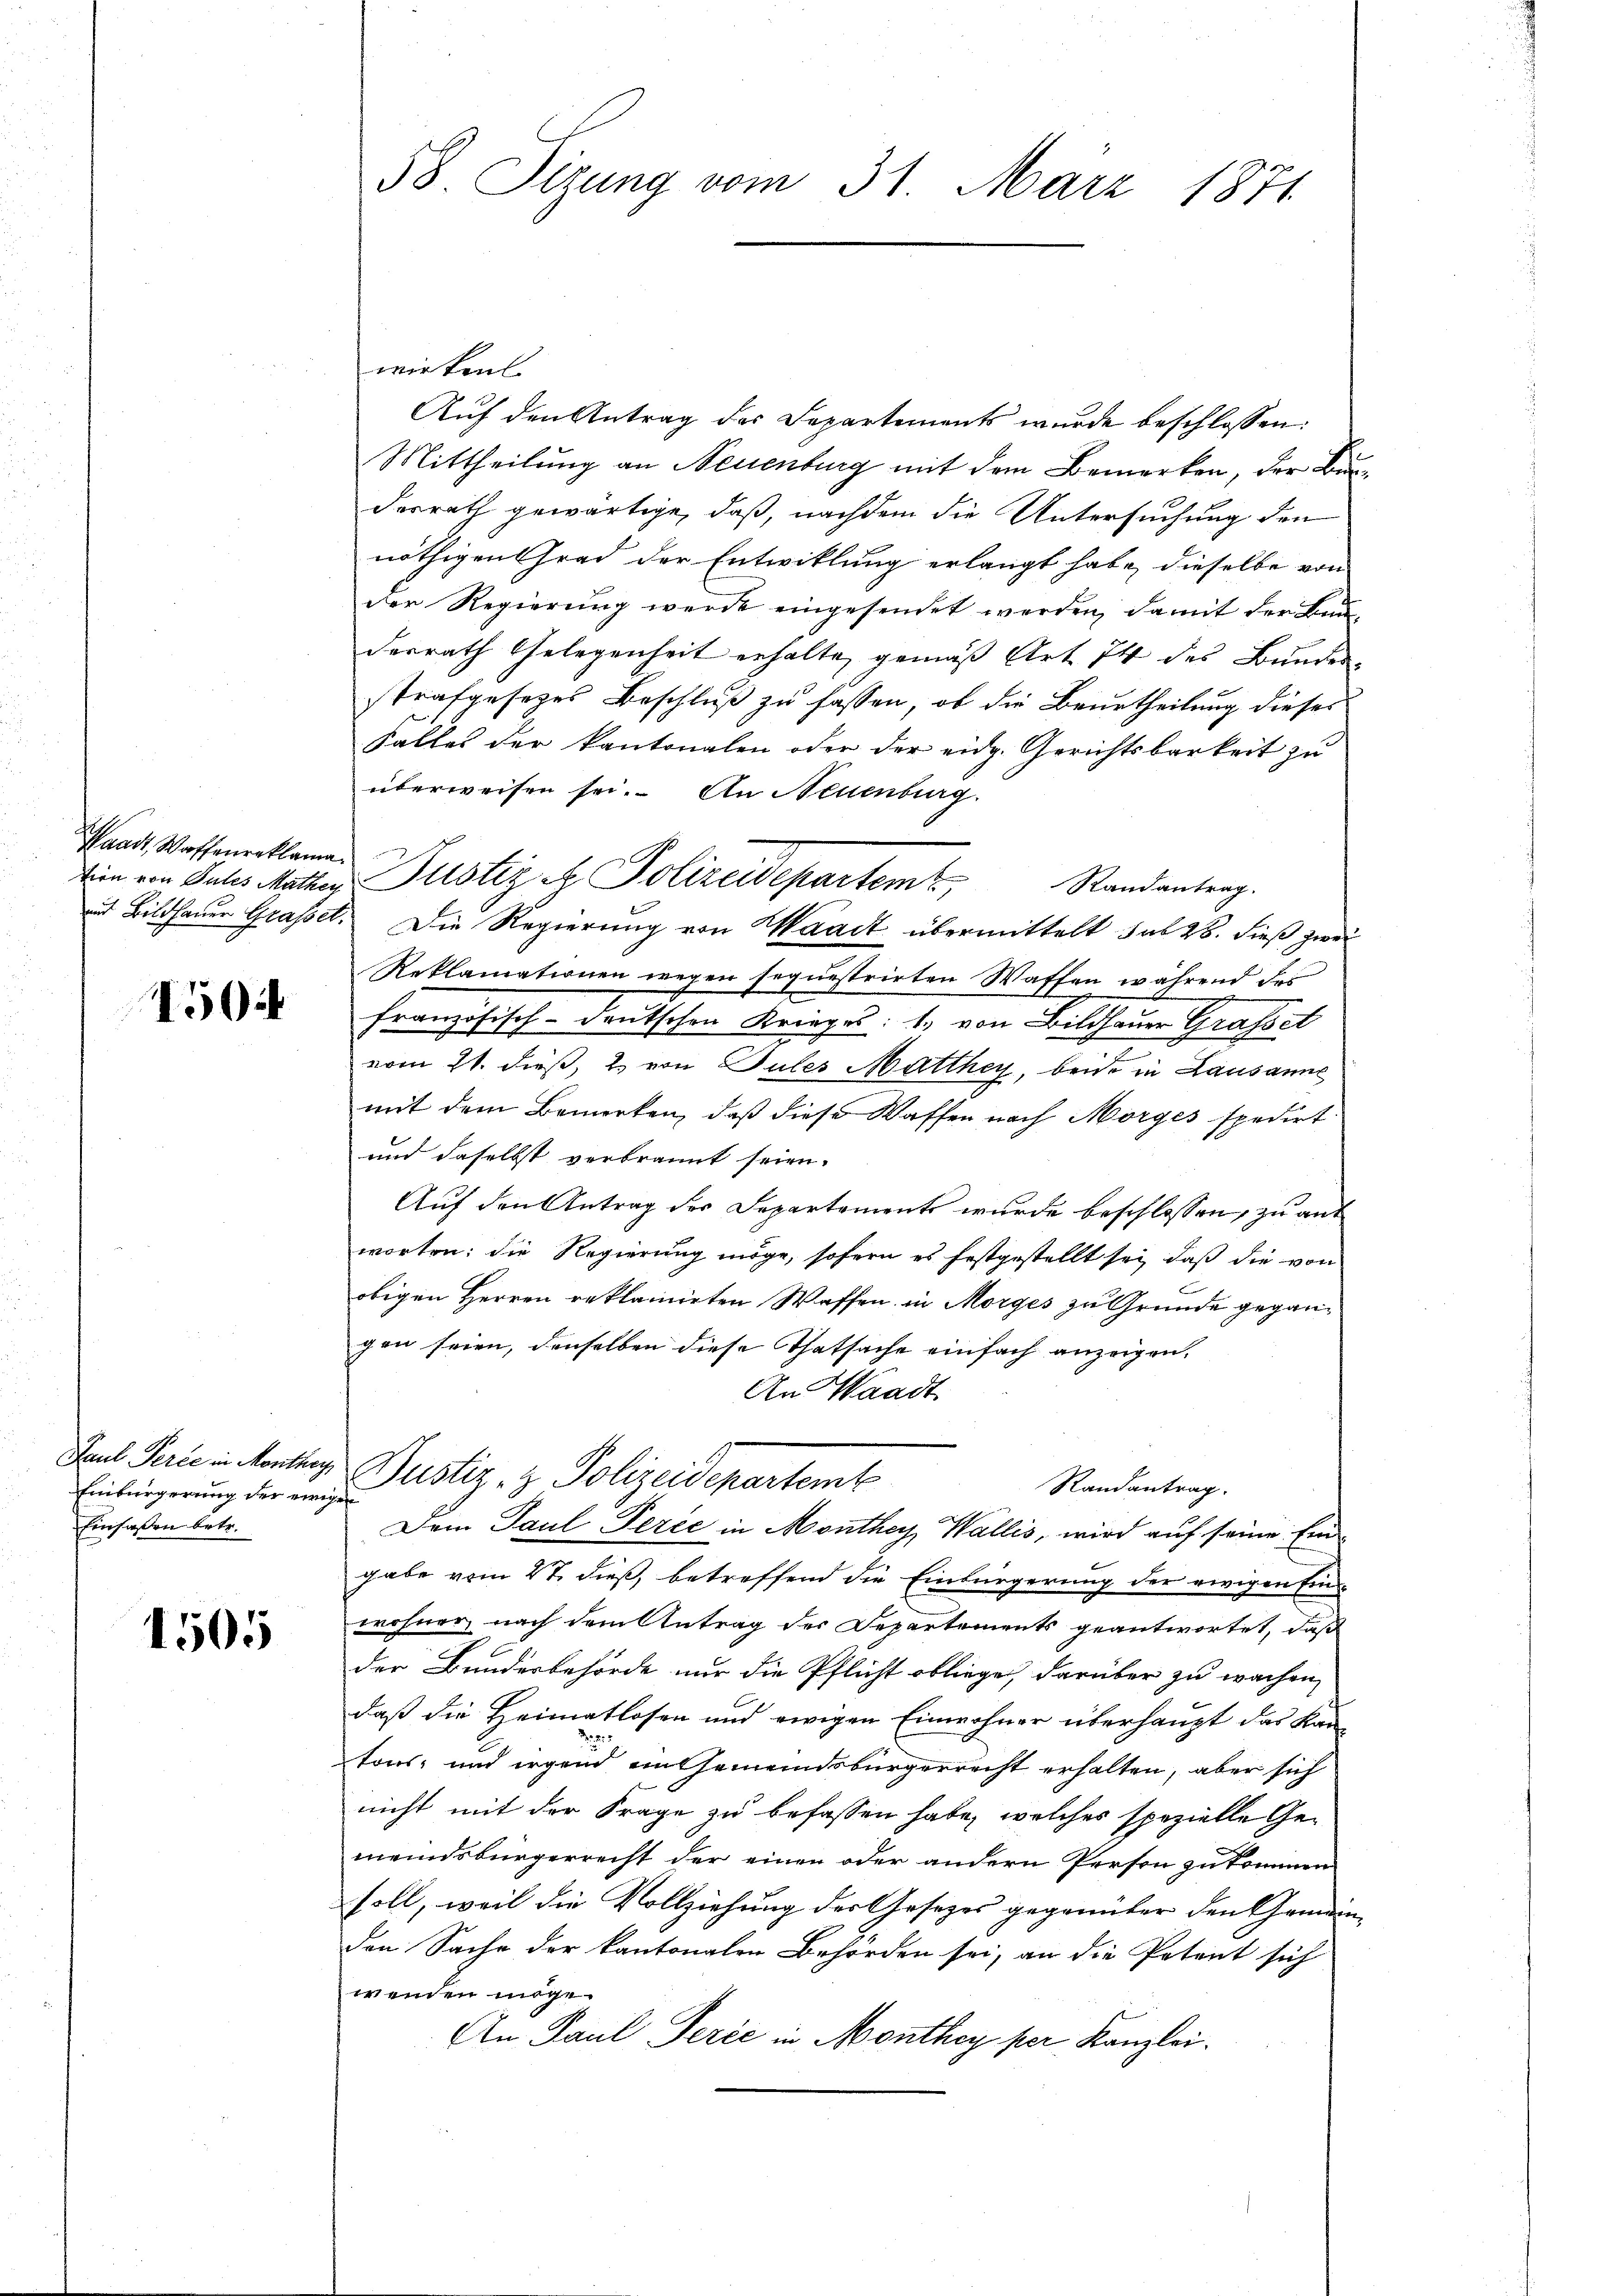
Waadt, Waffenreklama.

1504

Einbürgerung der ewigen
Einfaßen betr.

1505

58 Sizung vom 31. März 1871

wirken.
Auf den Antrag der Separtements wurde beschlossen:
Mittheilung an Neuenburg mit dem Bemerken, der Burdorrath gewärtige, daß, nachdem die Untersuchung den
nöthigen Grad der Entwicklung erlangt habe, dieselbe von
der Regierung werde eingesendet werden, damit der Bau
desrath Gelegenheit erhalte, gemäß Art. 74 des Bundesstrafgesetzes Beschluß zu fassen, ob die Beurtheilung dieses
Falles der kantonalen oder der eidg. Gerichtsbarkeit zu
überweisen sei. An Neuenburg.
Ein von Sales Mattige Justiz R. Polizeidepartem Standanterg
d Bildhauer Grasset. Die Regierung von Waadt übermittelt das 26. dieß zwei
Reklamationen wegen sequestrirten Waffen während des
französisch-deutschen Kriegs: 1. von Bildhauer Grasset
vom 21. dieß, 2. von Sules Matthey, beide in Lausanne
mit dem Bemerken, daß diese Waffen nach Morges spedirt
und daselbst verbrannt seien.
Auf den Antrag der Departements wurde beschlossen, zu aut
worten: die Regierung möge, sofern es festgestellt sei, daß die von
obigen Herren reklamirten Waffen in Morges zu Grunde gegangen seien, denselben diese Thatsache einfach anzeigen.
An Waadt
Paul Serie in Montang Justiz- & Polizeidepartemb
Randantrag.
Dem Paul Perce in Monthey, Wallis, wird auf seine Eingabe vom 27. dieß, betreffend die Einbürgerung der ewigen Ein
wohner nach dem Antrag des Departements geantwortet, daß
der Bundesbehörde nur die Pflicht obliege, darüber zu wachen,
daß die Heimatlosen und ewigen Einwohner überhaupt das Kando ei
tons- und irgend ein Gemeindsbürgerrecht erhalten, aber sich
nicht mit der Frage zu befassen habe, welches spezielle Gemeindsbürgerrecht der einen oder andern Person zu kommen
soll, weil die Vollziehung der Gesezes gegenüber den Gemeinden Sache der kantonalen Behörden sei, an die Petent sich
wenden möge
An Paul Perić in Monthey per Kanzlei.